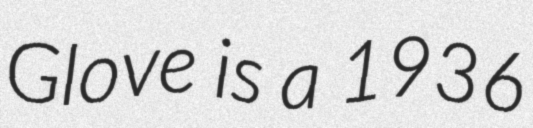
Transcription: Glove is a 1936